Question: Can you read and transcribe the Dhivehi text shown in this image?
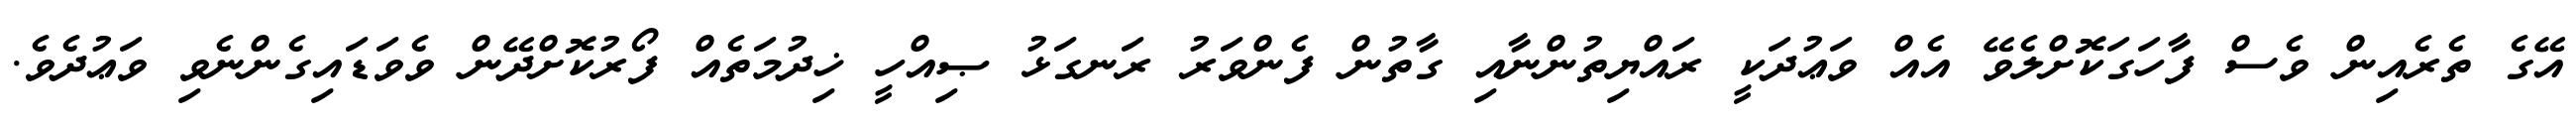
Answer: އޭގެ ތެރެއިން ވެސް ފާހަގަކޮށްލެވޭ އެއް ވަޢުދަކީ ރައްޔިތުންނާއި ގާތުން ފެންވަރު ރަނގަޅު ޞިއްހީ ޚިދުމަތެއް ފޯރުކޮށްދޭން ވެވަޑައިގެންނެވި ވަޢުދެވެ.